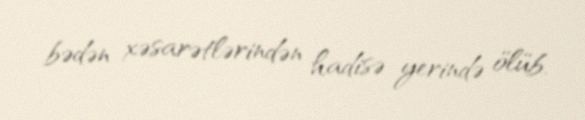
bədən xəsarətlərindən hadisə yerində ölüb.